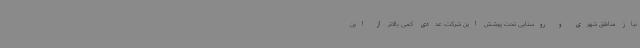
نیاز مناطق شهری و روستایی تحت پوشش این شرکت، عددی کمی بالاتر از این